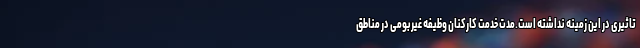
تاثیری در این زمینه نداشته است.مدت خدمت کارکنان وظیفه غیربومی در مناطق